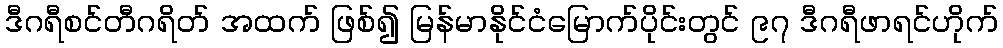
ဒီဂရီစင်တီဂရိတ် အထက် ဖြစ်၍ မြန်မာနိုင်ငံမြောက်ပိုင်းတွင် ၉၇ ဒီဂရီဖာရင်ဟိုက်